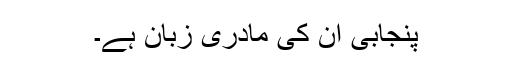
پنجابی ان کی مادری زبان ہے۔